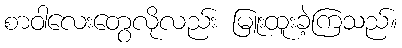
စာဝါလေးတွေလိုလည်း မြူးထူးခဲ့ကြသည်။